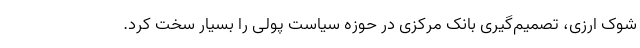
شوک ارزی، تصمیم‌گیری بانک مرکزی در حوزه سیاست پولی را بسیار سخت کرد.